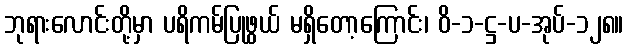
ဘုရားလောင်းတို့မှာ ပရိကမ်ပြုဖွယ် မရှိတော့ကြောင်း၊ ဝိ-၁-ဋ္ဌ-ပ-အုပ်-၁၂၈။